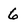
Character: 6